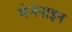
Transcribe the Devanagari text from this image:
मेजेनाइन